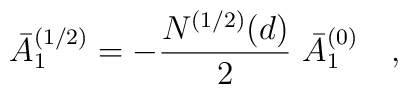
\bar{A}_{1}^{(1/2)}=-{N^{(1/2)}(d) \over 2}~\bar{A}_{1}^{(0)}~~~,